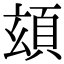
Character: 𩑹